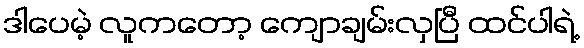
ဒါပေမဲ့ လူကတော့ ကျောချမ်းလှပြီ ထင်ပါရဲ့